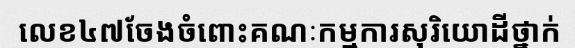
លេខ៤៧ចែងចំពោះគណៈកម្មការសុរិយោដីថ្នាក់